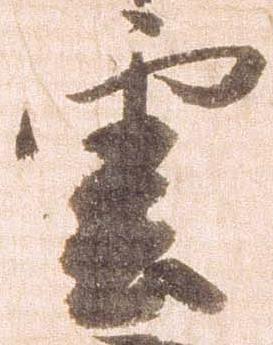
雲